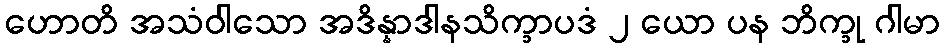
ဟောတိ အသံဝါသော အဒိန္နာဒါနသိက္ခာပဒံ ၂ ယော ပန ဘိက္ခု ဂါမာ